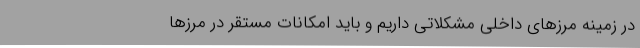
در زمینه مرزهای داخلی مشکلاتی داریم و باید امکانات مستقر در مرزها